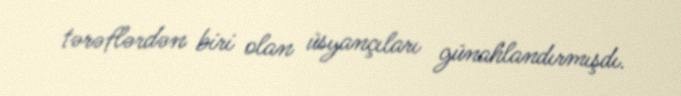
tərəflərdən biri olan üsyançıları günahlandırmışdı.